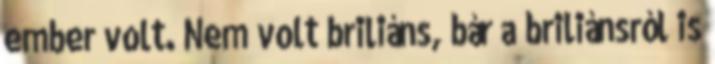
ember volt. Nem volt briliáns, bár a briliánsról is